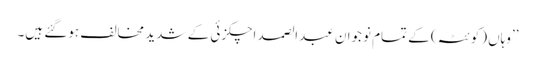
’’وہاں (کوئٹہ) کے تمام نوجوان عبدالصمد اچکزئی کے شدید مخالف ہوگئے ہیں۔